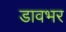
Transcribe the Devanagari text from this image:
डावभर